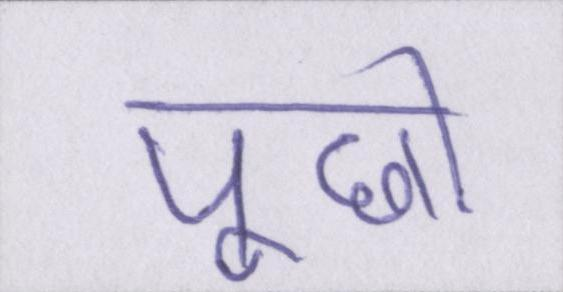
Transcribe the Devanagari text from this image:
पूछो